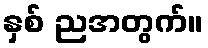
နှစ် ညအတွက်။